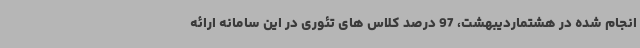
انجام شده در هشتماردیبهشت، 97 درصد کلاس های تئوری در این سامانه ارائه